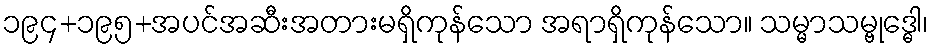
၁၉၄+၁၉၅+အပင်အဆီးအတားမရှိကုန်သော အရာရှိကုန်သော။ သမ္မာသမ္ဗုဒ္ဓေါ၊